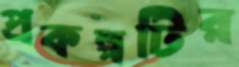
প্রকল্পটির